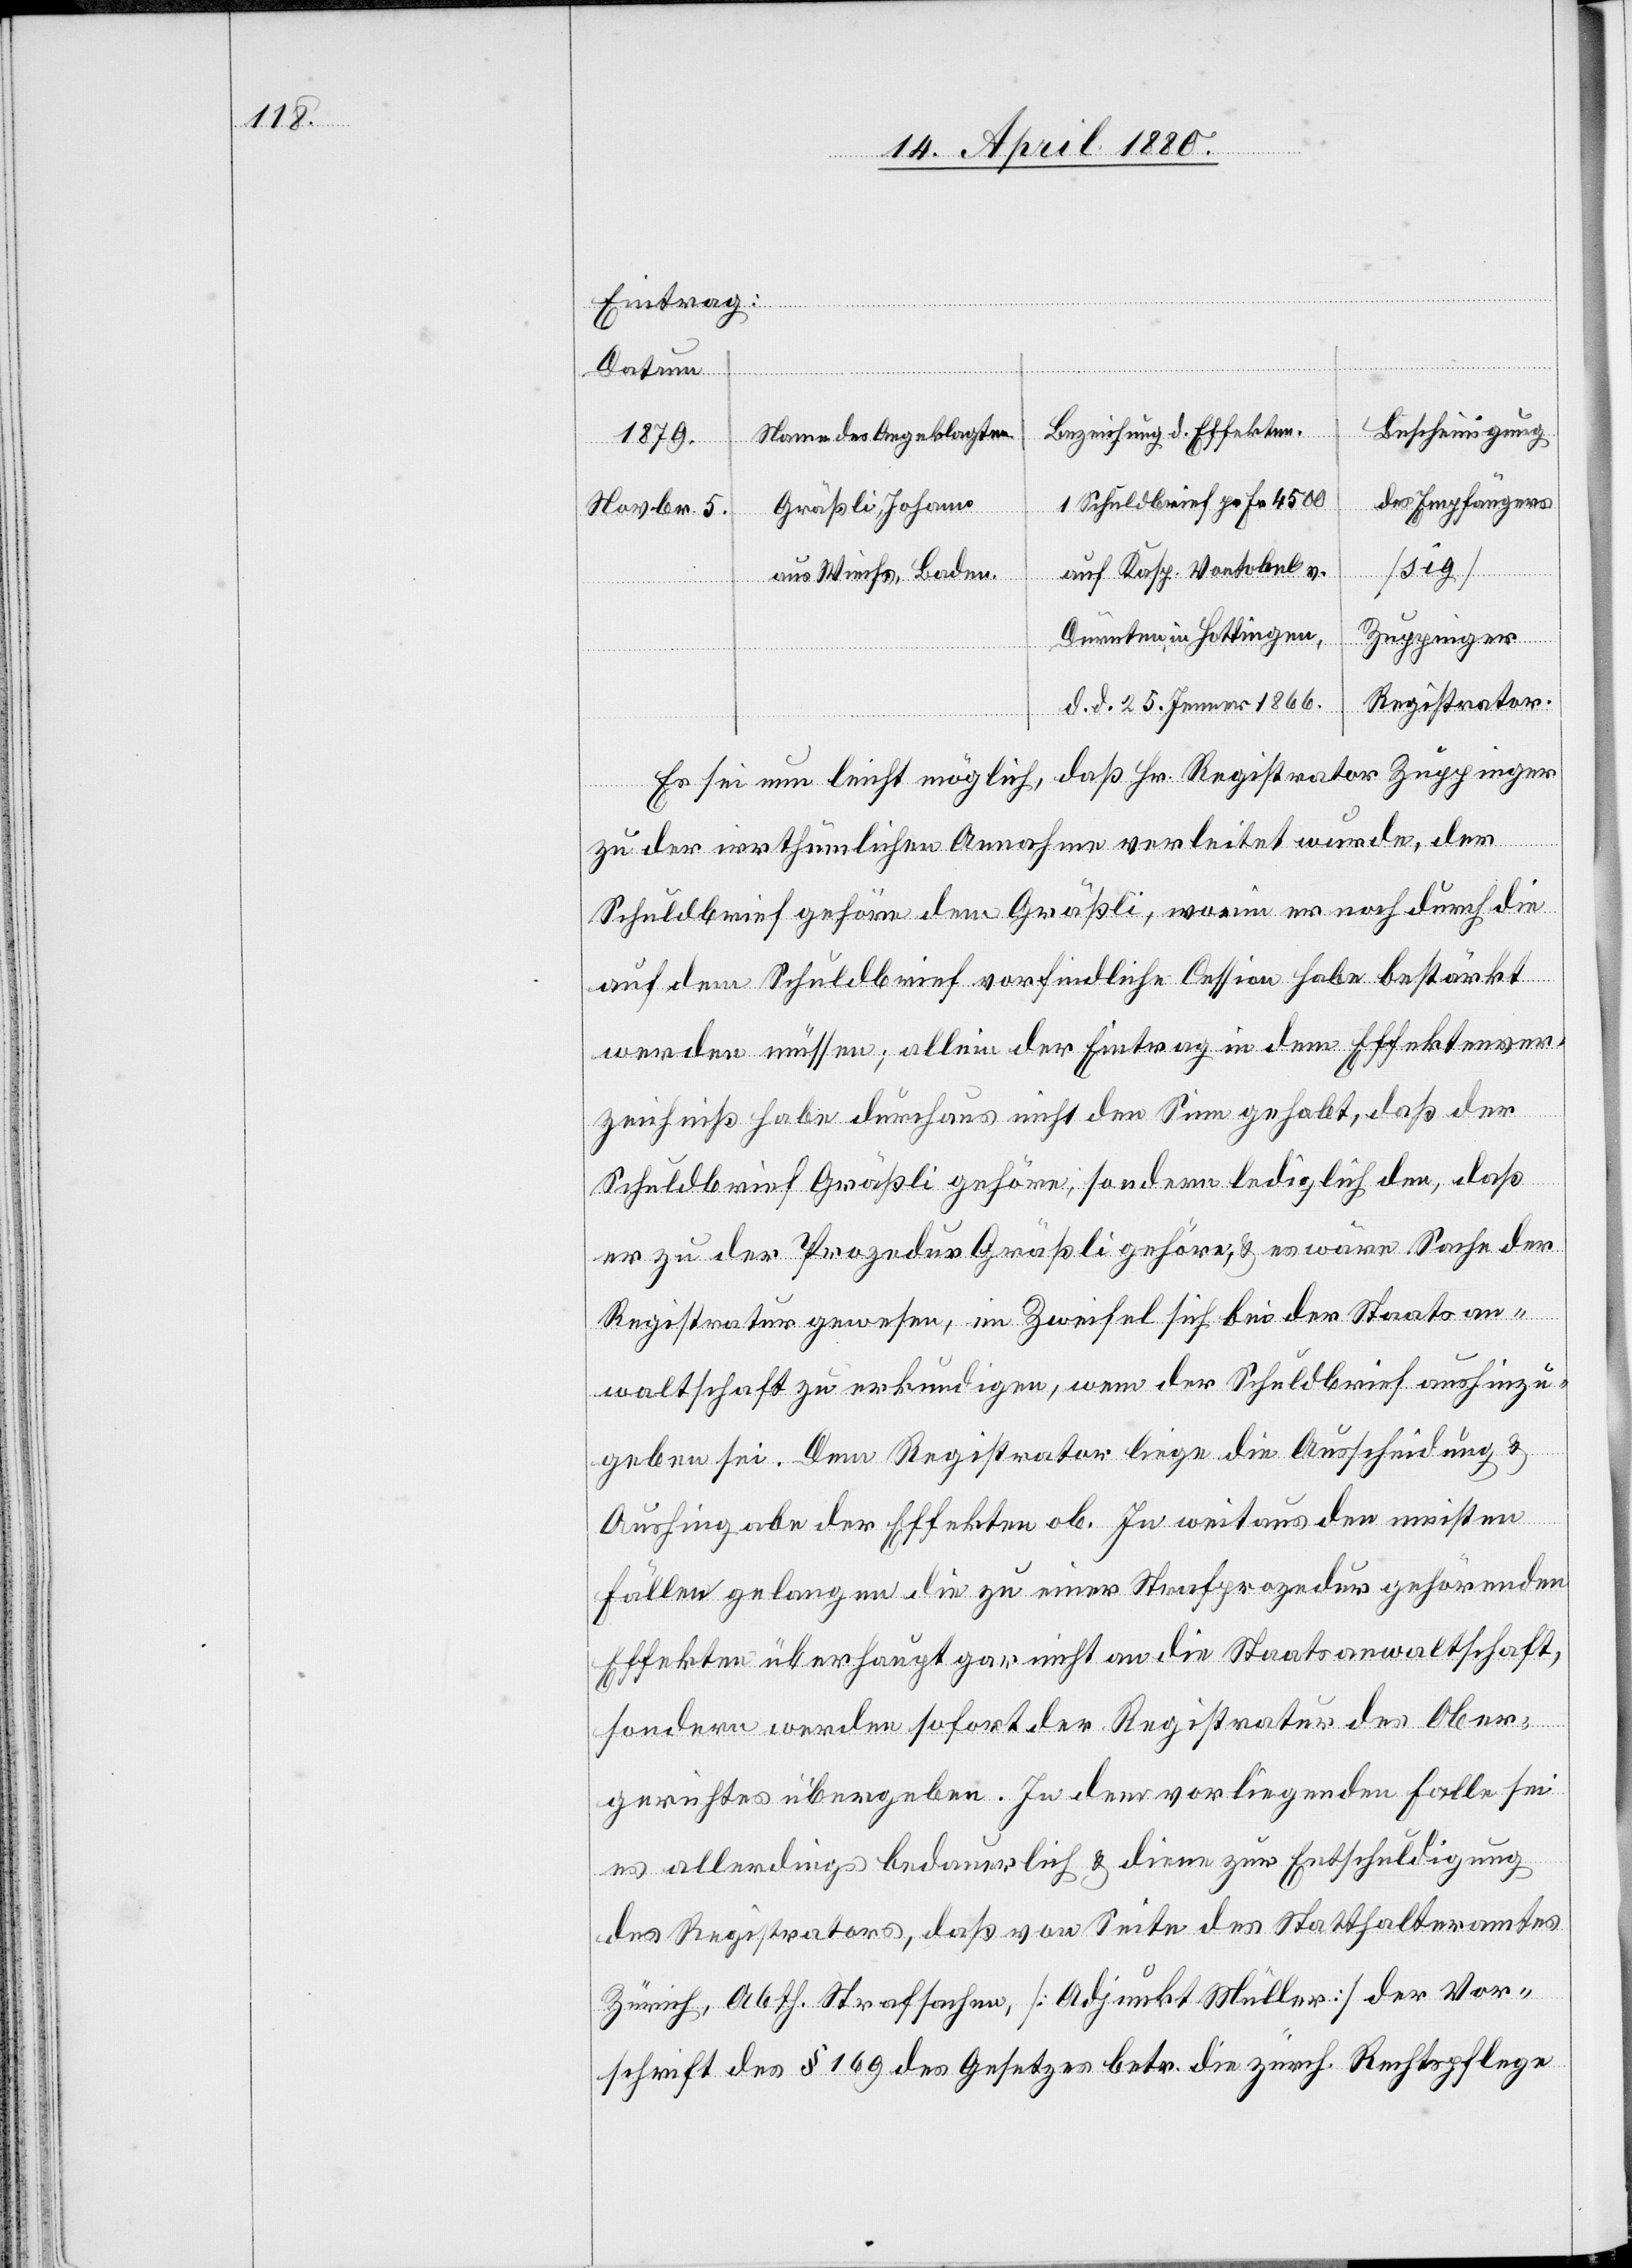
Eintrag:
Bescheinigung
Bezeichnung d. Effekten:
Name des Angeklagten
1879.
des Empfängers
1 Schuldbrief pr. Fr. 4500
Gräßli, Johann
Novbr. 5.
auf Kasp. Vontobel v.
aus Wiechs, Baden.
Dürnten in Hottingen,
Zuppinger
Registrator
d. d. 25. Jenner 1866.
daß Hr. Registrator Zuppinger
Es sei nun leicht möglich,
zu der irrthümlichen Annahme verleitet wurde, der
Schuldbrief gehöre dem Gräßli, worin er noch durch die
auf dem Schuldbrief vorfindliche Cession habe bestärkt
werden müssen; allein der Eintrag in dem Effektenver¬
zeichniß habe durchaus nicht den Sinn gehabt, daß der
Schuldbrief Gräßli gehöre; sondern lediglich den, daß
er zu der Prozedur Gräßli gehöre, & es wäre Sache der
Registratur gewesen, im Zweifel bei der Staatsan¬
waltschaft zu erkundigen, wem der Schuldbrief aushinzu¬
geben sei. Dem Registrator liege die Ausscheidung &
Aushingabe der Effekten ob. In weitaus den meisten
Fällen gelangen die zu einer Strafprozedur gehörenden
Effekten überhaupt gar nicht an die Staatsanwaltschaft,
sondern werden sofort der Registratur des Ober¬
gerichtes übergeben. In dem vorliegenden Falle sei
es allerdings bedauerlich & diene zur Entschuldigung
des Registrators, daß von Seite des Statthalteramtes
Zürich, Abth. Strafsachen [Adjunkt Müller] der Vor¬
schrift des § 169 des Gesetzes betr. die zürch. Rechtspflege